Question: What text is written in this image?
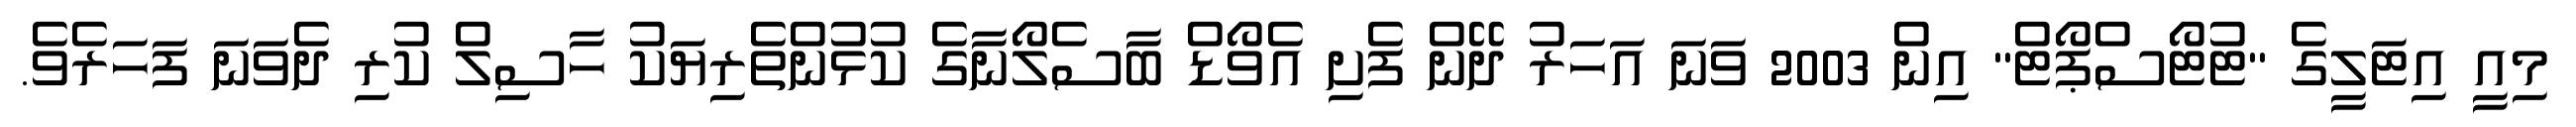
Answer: މިއީ އިޓަލީގެ "ޓުޓޯސްޕޯޓް" އިން 2003 ވަނަ އަހަރު ދޭން ފެށި އެވޯޑް ބާސެލޯނާގެ ކުޅުންތެރިޔަކު ހާސިލް ކުރި ދެވަނަ ފަހަރެވެ.